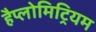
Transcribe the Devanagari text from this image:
हैप्लोमिट्रियम